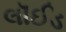
લૉઈડ